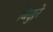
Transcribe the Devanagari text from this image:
बिछुरे